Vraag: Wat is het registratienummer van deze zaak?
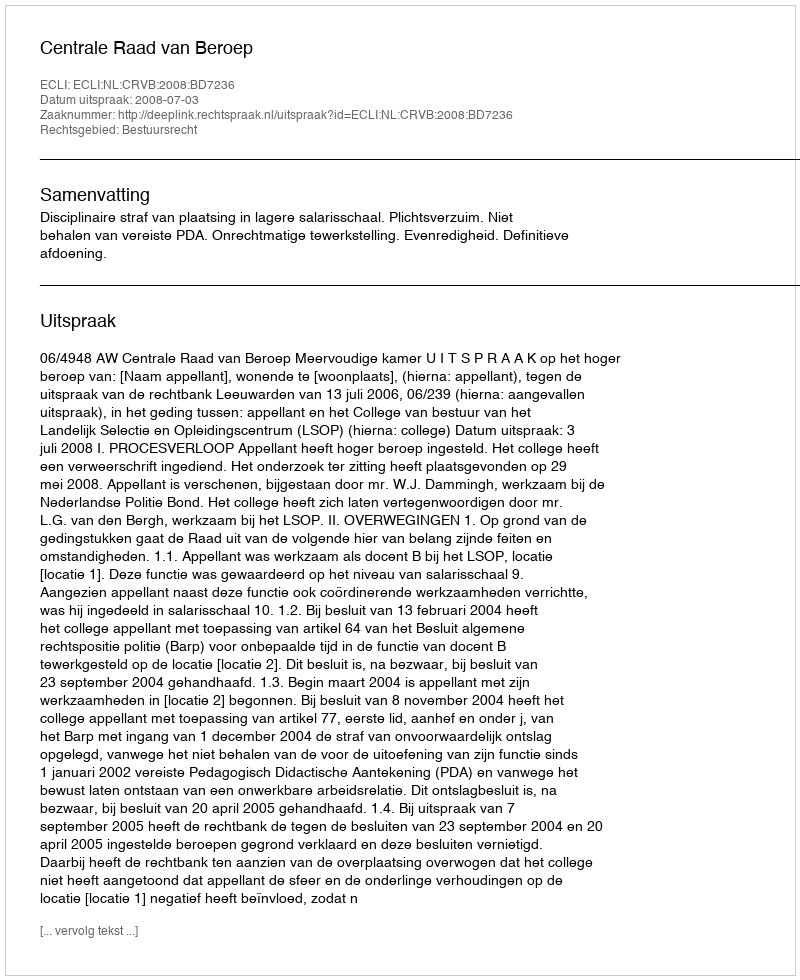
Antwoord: http://deeplink.rechtspraak.nl/uitspraak?id=ECLI:NL:CRVB:2008:BD7236